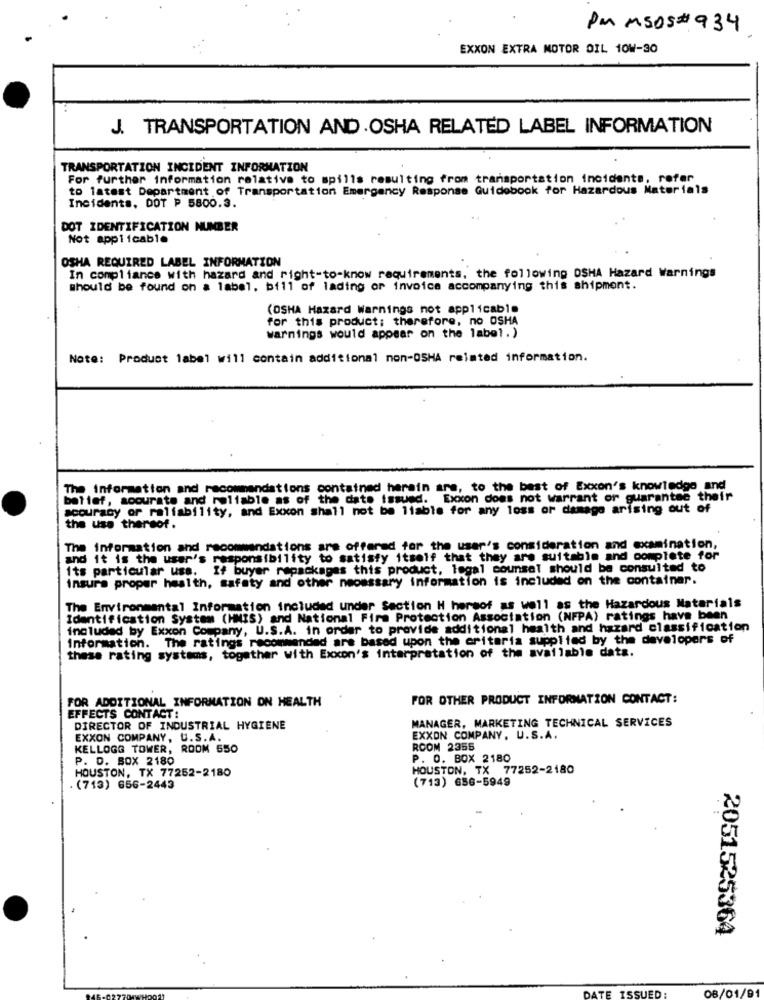
PM MSOS #934
EXXON EXTRA MOTOR OIL 10W-30
J. TRANSPORTATION AND.OSHA RELATED LABEL INFORMATION
TRANSPORTATION INCIDENT INFORMATION
For further information relative to spills resulting from transportation incidents, refer
to latest Department of Transportation Emergency Response Guidebook for Hazardous Materials
Incidents, DOT P 5800.3.
DOT IDENTIFICATION NUMBER
Not applicable
OSHA REQUIRED LABEL INFORMATION
In compliance with hazard and right-to-know requirements, the following OSHA Hazard Warnings
should be found on a label, bill of lading or invoice accompanying this shipment.
(OSHA Hazard Warnings not applicable
for this product; therefore, no OSHA
warnings would appear on the label.)
Note: Product label will contain additional non-OSHA reimted information.
The information and recommendations contained herein are, to the best of Exxon's knowledge and
belief, soourate and reliable as of the date issued. Exxon does not warrant or guarantee t
accuracy of ralfability, and Exxon shall not be liable for any loss or damage arising out of
the use thereof.
The information and recommendations are offered for the user's consideration and examination,
and it is the user's responsibility to satisfy itself that they are suitable and complete for
1ts particular uss. If buyer repackages this product, legal counsel should be consulted to
insure proper health, safety and other necessary information is included on the container.
The Environmental Information included under Section H hersof as well as the Hazardous Materials
Identification System (HMIS) and National Fire Protection Association (NFPA) ratings have been
included by Exxon Company, U.S.A. in order to provide additional health and hazard classification
Information. The ratings recommended are based upon the criteria supplied by the developers of
these rating systems, together with Exxon's interpretation of the available data.
FOR ADDITIONAL INFORMATION ON HEALTH
FOR OTHER PRODUCT INFORMATION CONTACT:
EFFECTS CONTACT:
MANAGER, MARKETING TECHNICAL SERVICES
DIRECTOR OF INDUSTRIAL HYGIENE
EXXON COMPANY, U.S.A.
EXXON COMPANY, U.S.A.
KELLOGG TOWER, ROOM 550
ROOM 2355
P. D. BOX 2180
P. O. BOX 2180
HOUSTON, TX 77252-2180
HOUSTON, TX 77252-2180
(713) 656-5949
. (713) 656-2443
2051525364
DATE ISSUED:
08/01/91